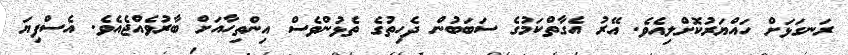
ރަނގަޅަށް ހައްޔަރުކޮށްލިއެވެ. އޭރު އެގާތްކަމުގެ ސަބަބުން ދެހިތުގެ ތެޅުންވެސް އިންތިހާއަށް ބާރުވެއްޖެއެވެ. އެސްފިޔަ